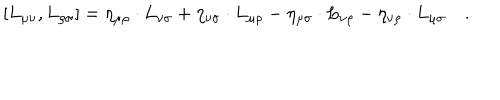
\left[ L _ { \mu \nu } , L _ { \rho \sigma } \right] = \eta _ { \mu \rho } \cdot L _ { \nu \sigma } + \eta _ { \nu \sigma } \cdot L _ { \mu \rho } - \eta _ { \mu \sigma } \cdot L _ { \nu \rho } - \eta _ { \nu \rho } \cdot L _ { \mu \sigma } \quad .